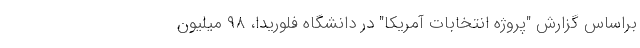
براساس گزارش "پروژه انتخابات آمریکا" در دانشگاه فلوریدا، ۹۸ میلیون